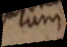
rum